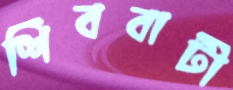
শিববাটী